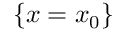
\{ x = x _ { 0 } \}